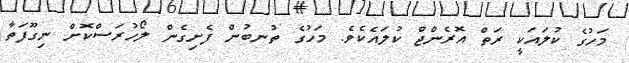
މަހުގެ ކުލައަކީ ރަތް އޮރެންޖް ކުލައެކެވެ. މަހުގެ ތުނބުން ފެށިގެން ލޯހުރަސްކޮށް ނިގޫފަތާ